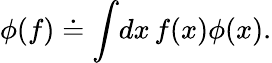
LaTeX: \phi(f)\doteq\int\! dx\, f(x)\phi(x).